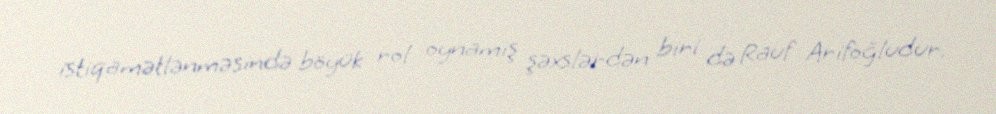
istiqamətlənməsində böyük rol oynamış şəxslərdən biri də Rauf Arifoğludur.